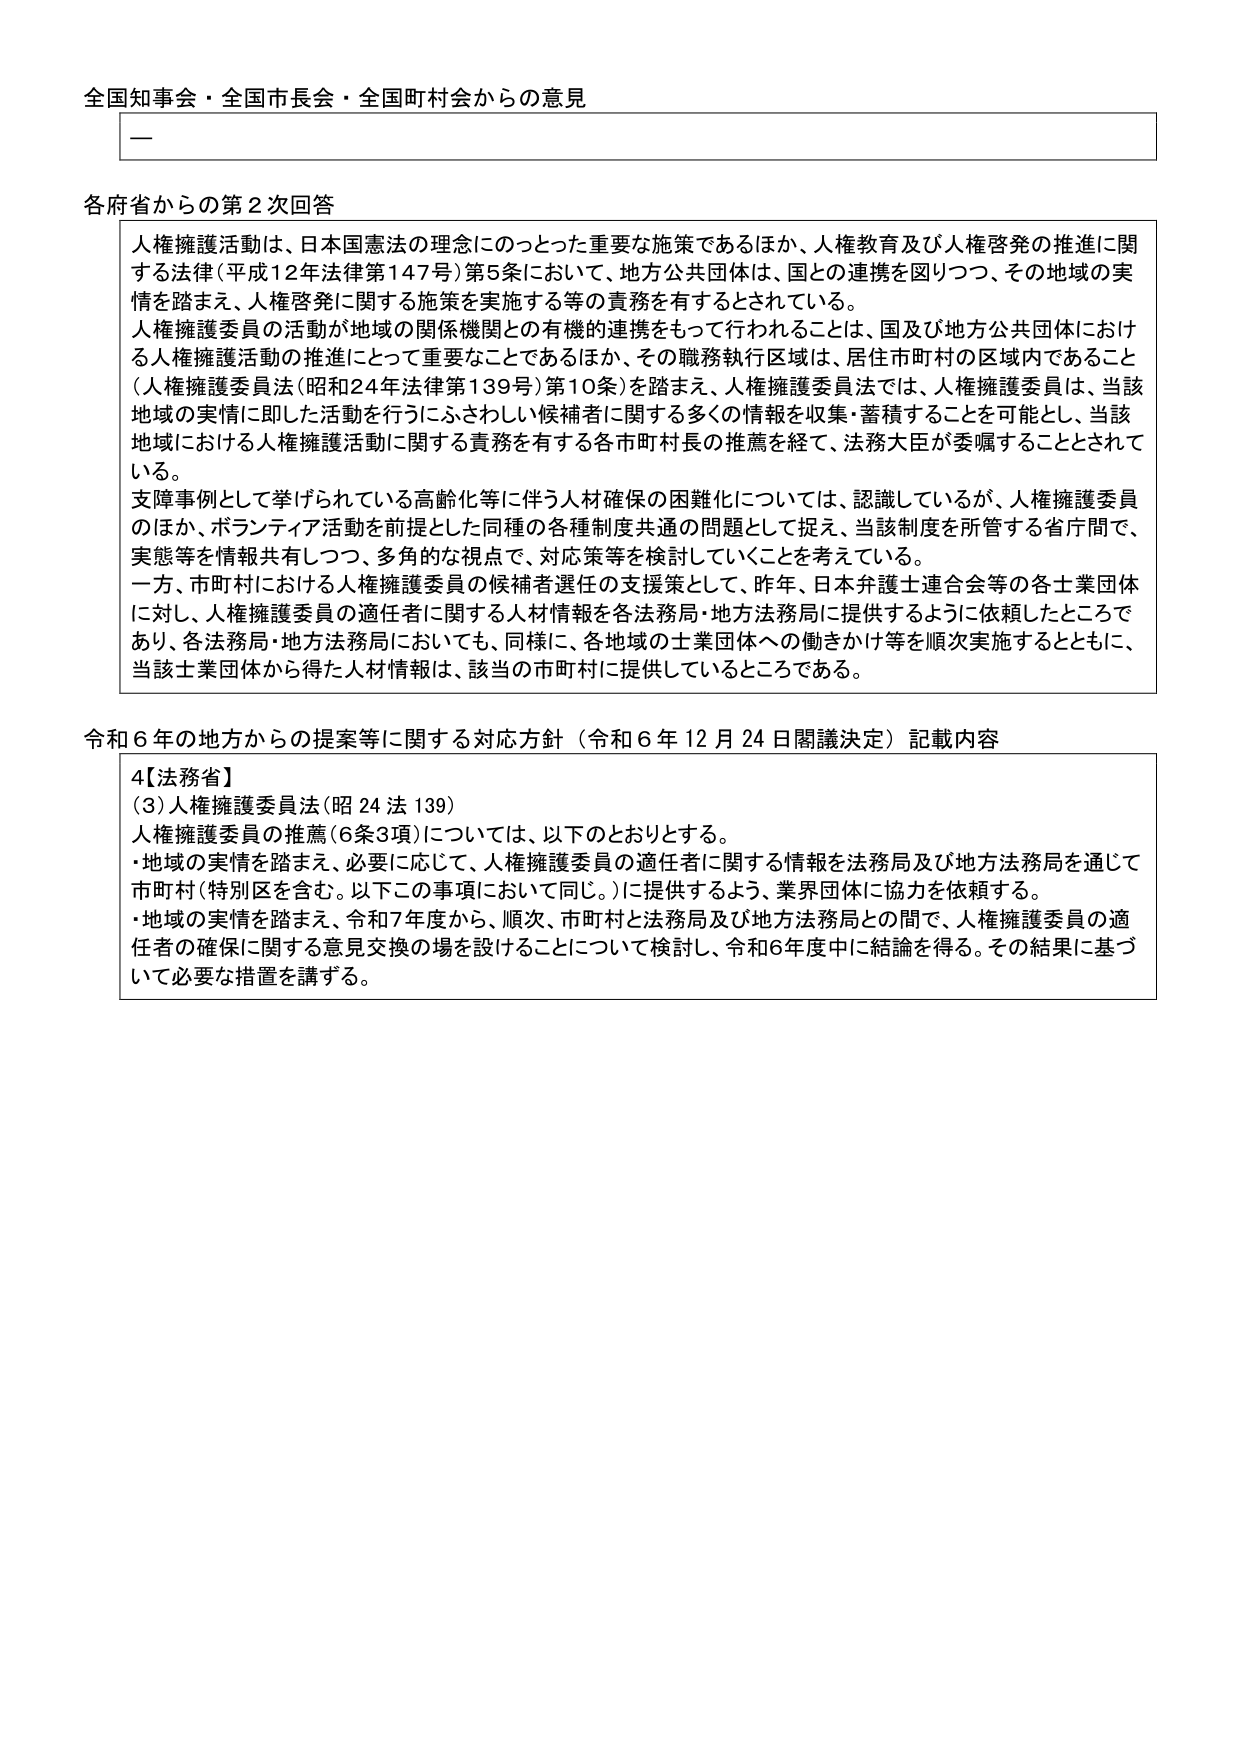
全国知事会・全国市長会・全国町村会からの意見

一

各府省からの第2次回答

人権擁護活動は、日本国憲法の理念にのっとった重要な施策であるほか、人権教育及び人権啓発の推進に関する法律（平成12年法律第147号）第5条において、地方公共団体は、国との連携を図りつつ、その地域の実情を踏まえ、人権啓発に関する施策を実施する等の責務を有するとされている。

人権擁護委員の活動が地域の関係機関との有機的連携をもって行われることは、国及び地方公共団体における人権擁護活動の推進にとって重要なことであるほか、その職務執行区域は、居住市町村の区域内であること（人権擁護委員法（昭和24年法律第139号）第10条）を踏まえ、人権擁護委員法では、人権擁護委員は、当該地域の実情に即した活動を行うにふさわしい候補者に関する多くの情報を収集・蓄積することを可能とし、当該地域における人権擁護活動に関する責務を有する各市町村長の推薦を経て、法務大臣が委嘱することとされている。

支障事例として挙げられている高齢化等に伴う人材確保の困難化については、認識しているが、人権擁護委員のほか、ボランティア活動を前提とした同種の各種制度共通の問題として捉え、当該制度を所管する省庁間で、実態等を情報共有しつつ、多角的な視点で、対応策等を検討していくことを考えている。

一方、市町村における人権擁護委員の候補者選任の支援策として、昨年、日本弁護士連合会等の各土業団体に対し、人権擁護委員の適任者に関する人材情報を各法務局・地方法務局に提供するように依頼したところであり、各法務局・地方法務局においても、同様に、各地域の土業団体への働きかけ等を順次実施するとともに、当該土業団体から得た人材情報は、該当の市町村に提供しているところである。

令和6年の地方からの提案等に関する対応方針（令和6年12月24日閣議決定）記載内容

4【法務省】
(3)人権擁護委員法（昭24法139）
人権擁護委員の推薦（6条3項）については、以下のとおりとする。
・地域の実情を踏まえ、必要に応じて、人権擁護委員の適任者に関する情報を法務局及び地方法務局を通じて市町村（特別区を含む。以下この事項において同じ。）に提供するよう、業界団体に協力を依頼する。
・地域の実情を踏まえ、令和7年度から、順次、市町村と法務局及び地方法務局との間で、人権擁護委員の適任者の確保に関する意見交換の場を設けることについて検討し、令和6年度中に結論を得る。その結果に基づいて必要な措置を講ずる。